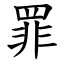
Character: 罪